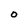
Character: O